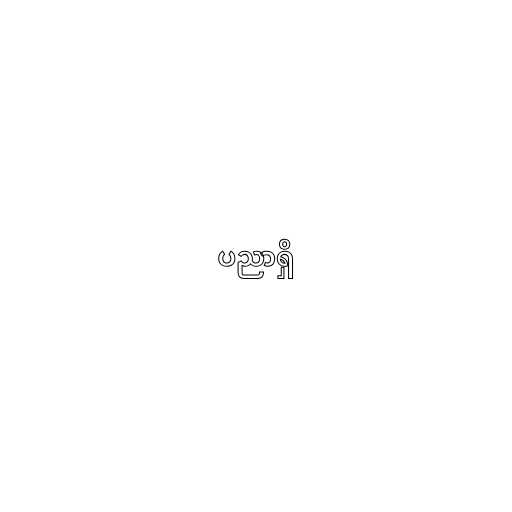
ပညာရှိ